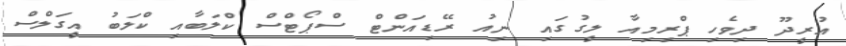
އުރީދޫ ދިވެހި ޕްރިމިއާ ލީގުގައި ނިއު ރޭޑިއަންޓް ސްޕޯޓްސް ކްލަބާއި ކްލަބު އީގަލްސް